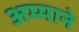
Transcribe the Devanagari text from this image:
अम्माने